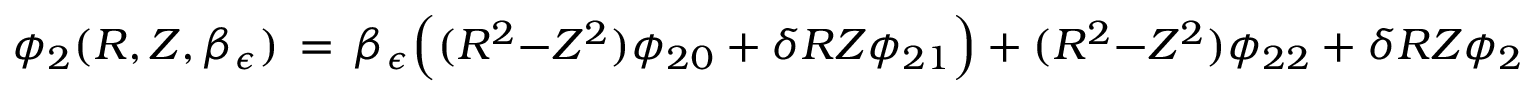
\begin{array} { r } { \phi _ { 2 } ( R , Z , \beta _ { \epsilon } ) \, = \, \beta _ { \epsilon } \Bigl ( ( R ^ { 2 } { - } Z ^ { 2 } ) \phi _ { 2 0 } + \delta R Z \phi _ { 2 1 } \Bigr ) + ( R ^ { 2 } { - } Z ^ { 2 } ) \phi _ { 2 2 } + \delta R Z \phi _ { 2 3 } + \beta _ { \epsilon } \phi _ { 2 4 } + \phi _ { 2 5 } \, , } \end{array}